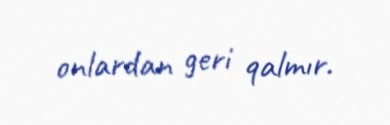
onlardan geri qalmır.